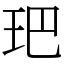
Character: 鿱